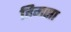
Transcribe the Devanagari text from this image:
हिमसा